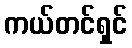
ကယ်တင်ရှင်